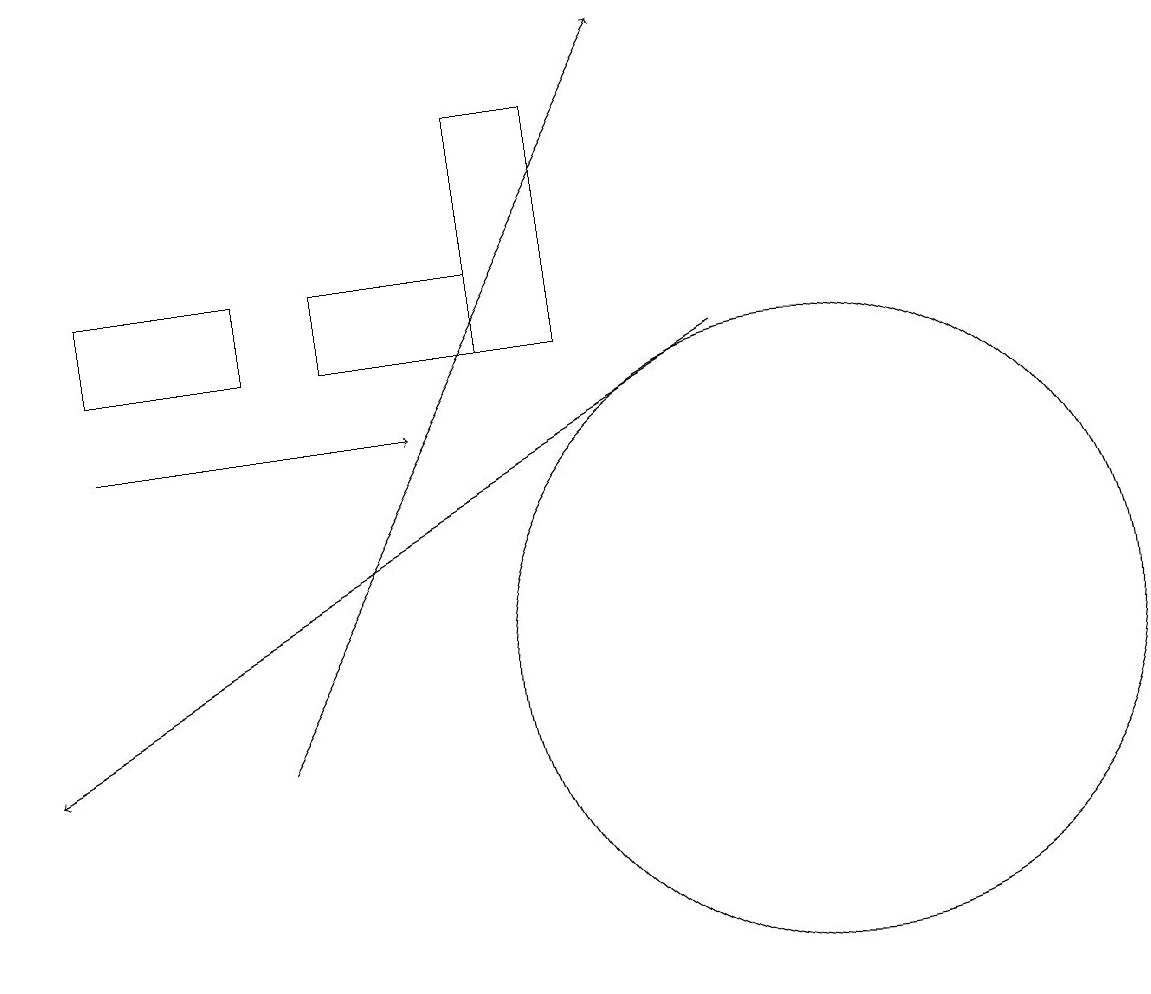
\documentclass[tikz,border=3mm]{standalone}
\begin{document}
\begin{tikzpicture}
\draw[->] (1,14) -- (5,14);
\draw (1,15) rectangle (3,16);
\draw (10,11) circle (4);
\draw[->] (9,15) -- (0,10);
\draw (7,18) rectangle (6,15);
\draw (6,16) rectangle (4,15);
\draw[->] (3,10) -- (8,19);
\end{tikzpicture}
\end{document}